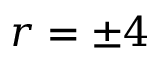
r = \pm 4